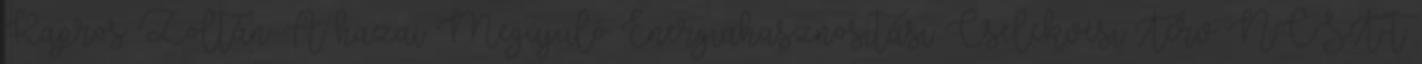
Kapros Zoltán: A hazai Megújuló Energiahasznosítási Cselekvési Terv NCST-t